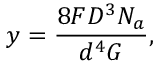
y = \frac { 8 F D ^ { 3 } N _ { a } } { d ^ { 4 } G } ,